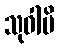
သုဝါမိ